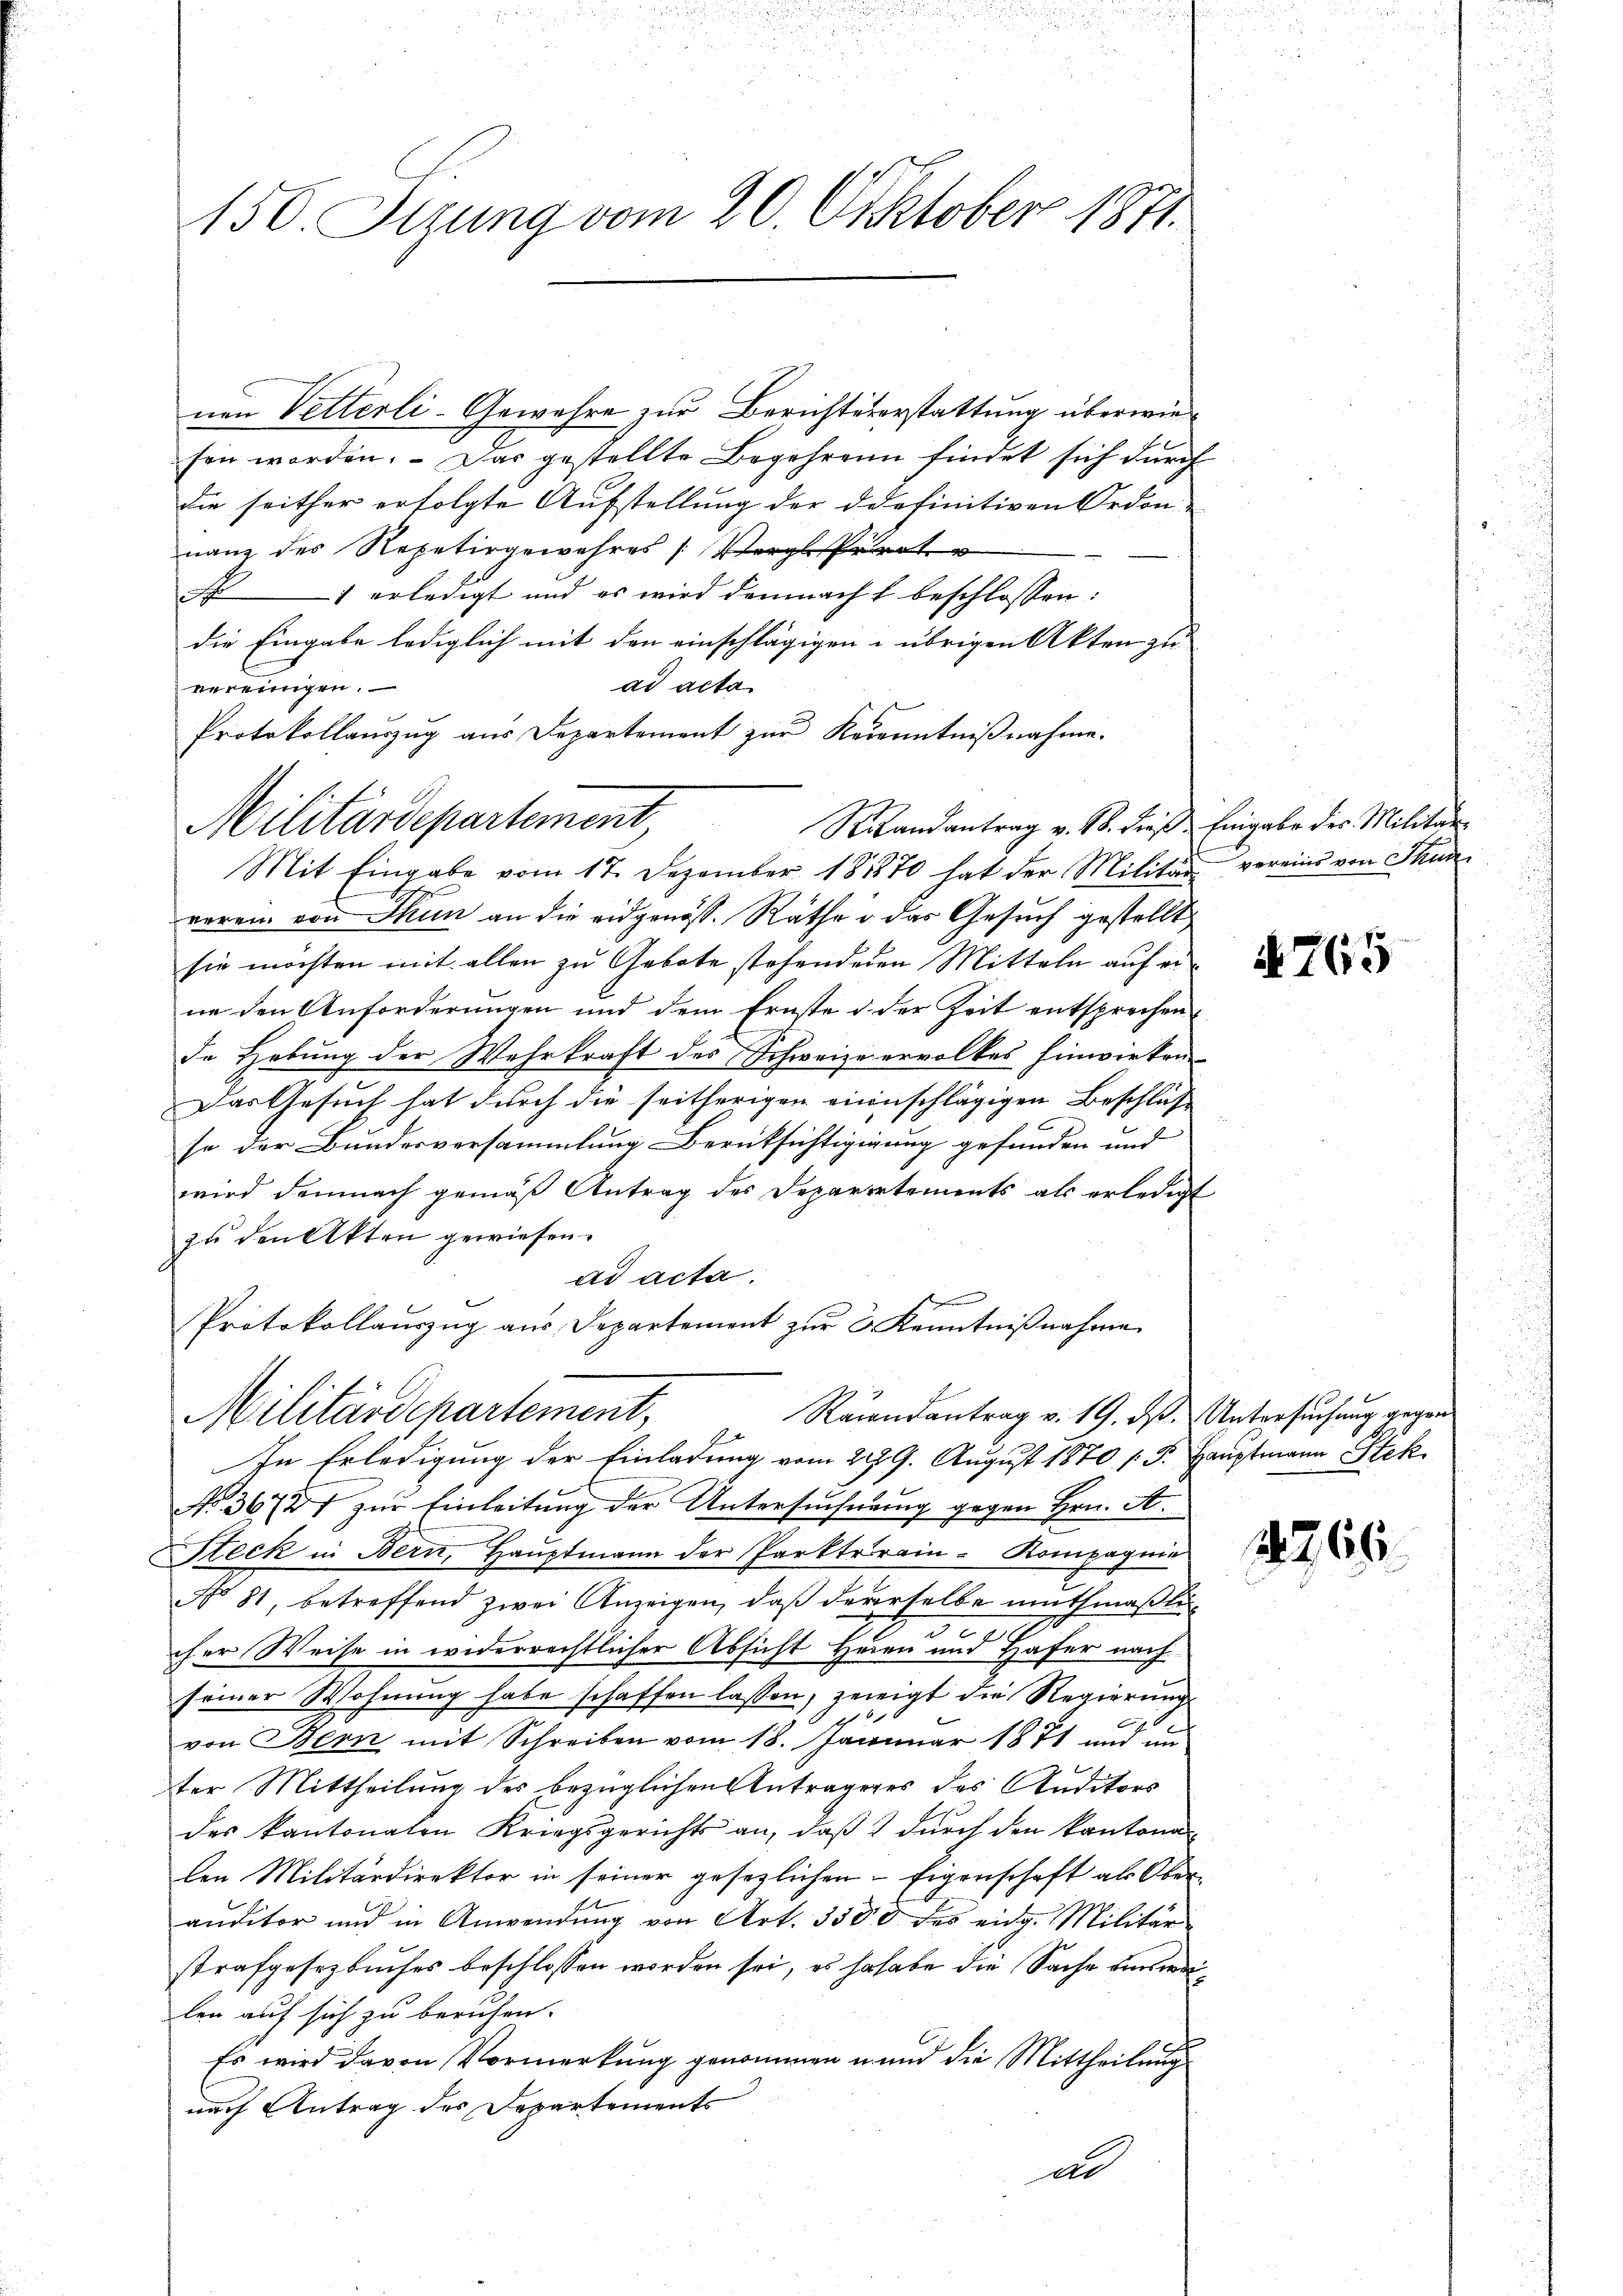
150. Sirung vom 20. Oktober 1871.

nen Vetterli-Gewehre zur Berichtererstattung überwiesen worden. Das gestellte Begehren findet sich durch
die seither erfolgte Aufstellung der ddefinitiven Ordon
nanz des Repetirgewahres (Vergl Pirat
N erledigt und es wird demnacht beschlossen:
die Eingabe lediglich mit den einschlägigen übrigen Akten zu
ad acta
vereingen.
Protokollauszug aus Departement zur Kerenntnißnahme.
Militärdepartement
Silandantrag v. 18. dieß Eingabe des Militär¬
Mit Eingabe vom 17. Dezember 181870 hat der Militär vereins von Thun
verein von Thun an die eidgenöss. Räthe u das Gesuch gestellt
sie möchten mit allen zu Gebote stehendenen Mitteln auf eine den Anforderungen und dem Ernste d. der Zeit entsprechen
de Hebung der Wehrkraft des Schweizeervolkes hinwirken
Das Gesuch hat durch die seitherigen einischlägigen Beschluß
so der Bundesversammlung Berücksichtigigung gefunden und
wird demnach gemäß Antrag des Deparirtements als erledigt
zu den Akten gewiesen.
ad acta.
Protokollaŭszŭg aŭs Departement zŭr 3 Kenntniβnahme
Reindantrag v. 19. ds. Untersuchung gegen
Militärschartement,
f
In Erledigung der Einladung vom 229. August 1870 /: F. Hauptmann Stek
No. 36787 zur Einleitung der Untersucherung gegen Hrn. A
Steck in Bern, Haŭptmann der Parktrain- Kompagnie
No 81, betreffend zwei Anzeigen, daß dererselbe muthmaßli
cher Weise in widerrechtlicher Absicht Heien und Hafer nach
seiner Wohnung habe schaffen lassen, gezeigt die Regierung
.
von Bern mit Schreiben vom 18. Januar 1871 und in
ter Mittheilung des bezüglichen Anträgeres des Auditors
des kantonalen Kriegsgerichts an, daß durch den kantona
len Militärdirektor in seiner gesezlichen Eigenschaft als Ober-
auditor und in Anwendŭng von Art. 3500 des eidg. Militär
strafgesetzbuches beschlossen worden sei, es so habe die Sache ein werlen auf sich zu berufen.
e
Es wird davon Vormerkung genommen und die Mittheilung
nach Antrag des Departement
al

N. 765

4766.